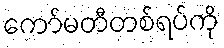
ကော်မတီတစ်ရပ်ကို